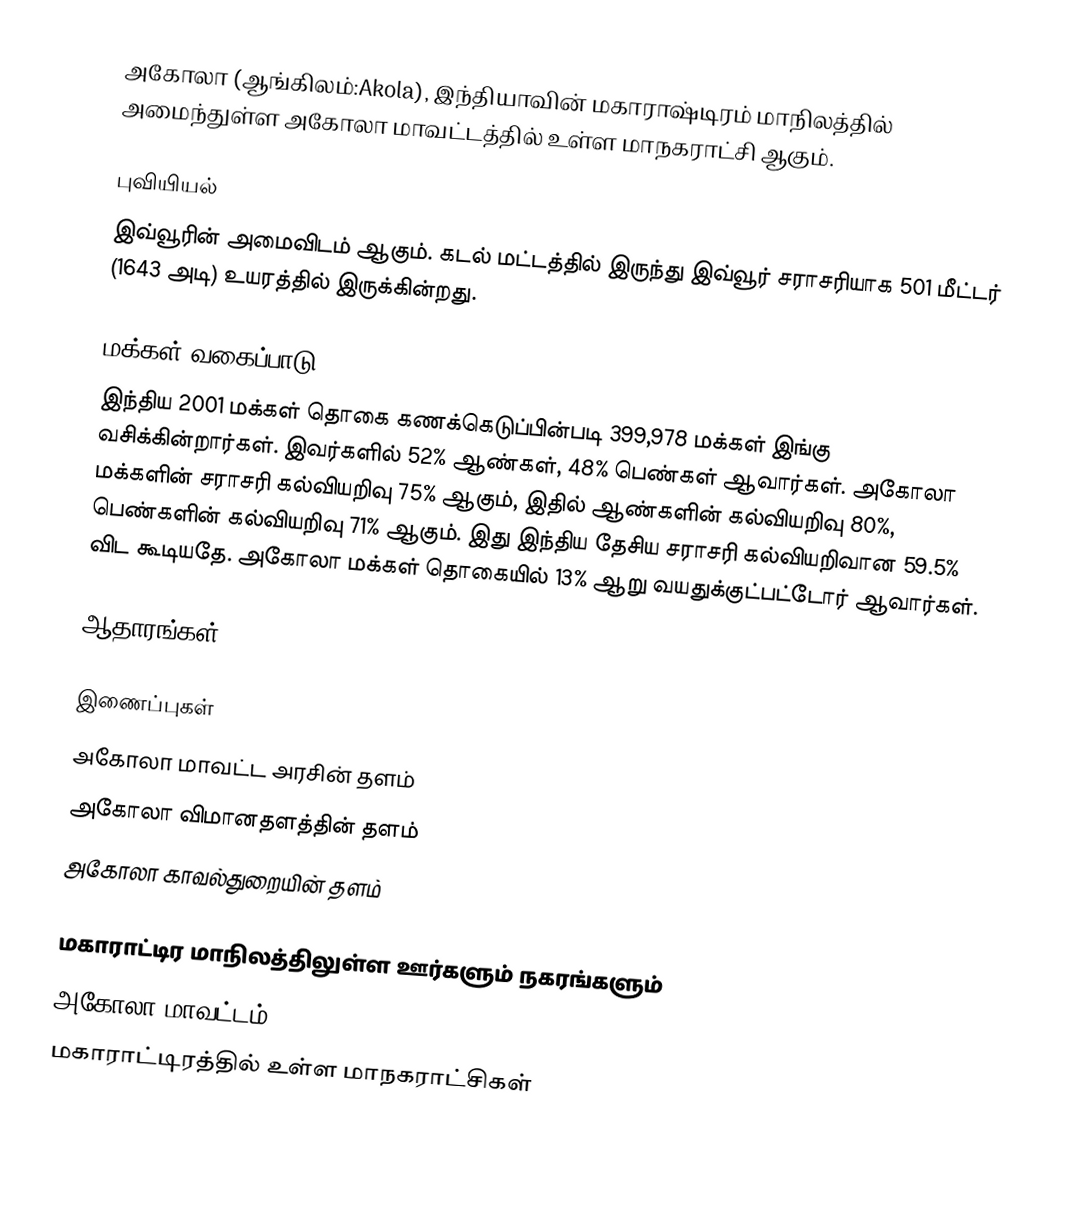
அகோலா (ஆங்கிலம்:Akola), இந்தியாவின் மகாராஷ்டிரம் மாநிலத்தில் அமைந்துள்ள அகோலா மாவட்டத்தில் உள்ள மாநகராட்சி ஆகும்.

புவியியல்
இவ்வூரின் அமைவிடம்  ஆகும். கடல் மட்டத்தில் இருந்து இவ்வூர் சராசரியாக 501 மீட்டர் (1643 அடி) உயரத்தில் இருக்கின்றது.

மக்கள் வகைப்பாடு
இந்திய 2001 மக்கள் தொகை கணக்கெடுப்பின்படி 399,978 மக்கள் இங்கு வசிக்கின்றார்கள். இவர்களில் 52% ஆண்கள், 48% பெண்கள் ஆவார்கள். அகோலா மக்களின் சராசரி கல்வியறிவு 75% ஆகும்,  இதில் ஆண்களின் கல்வியறிவு 80%,  பெண்களின் கல்வியறிவு 71% ஆகும். இது இந்திய தேசிய சராசரி கல்வியறிவான 59.5% விட கூடியதே. அகோலா மக்கள் தொகையில் 13%  ஆறு வயதுக்குட்பட்டோர் ஆவார்கள்.

ஆதாரங்கள்

இணைப்புகள்
 அகோலா மாவட்ட அரசின் தளம்
 அகோலா விமானதளத்தின் தளம்
 அகோலா காவல்துறையின் தளம்

மகாராட்டிர மாநிலத்திலுள்ள ஊர்களும் நகரங்களும்
அகோலா மாவட்டம்
மகாராட்டிரத்தில் உள்ள மாநகராட்சிகள்